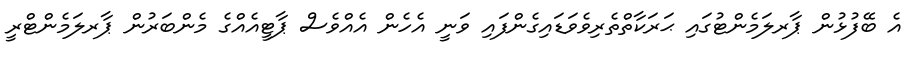
އެ ބޭފުޅުން ޕާރލަމެންޓުގައި ޙަރަކާތްތެރިވެވަޑައިގެންފައި ވަނީ އެހެން އެއްވެސް ޕާޓީއެއްގެ މެންބަރުން ޕާރލަމެންޓްރީ